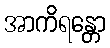
အာကိရန္တော